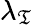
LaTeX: \lambda_{\mathfrak{T}}